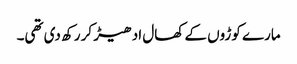
مارے کوڑوں کے کھال ادھیڑ کر رکھ دی تھی۔